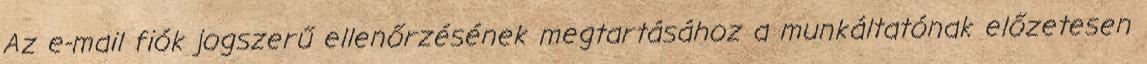
Az e-mail fiók jogszerű ellenőrzésének megtartásához a munkáltatónak előzetesen